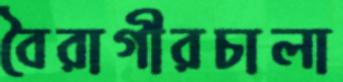
বৈরাগীরচালা